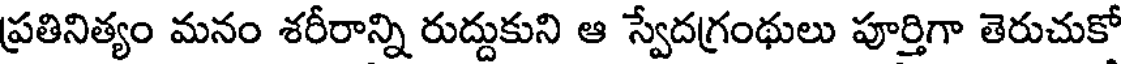
ప్రతినిత్యం మనం శరీరాన్ని రుద్దుకుని ఆ స్వేదగ్రంథులు పూర్తిగా తెరుచుకో